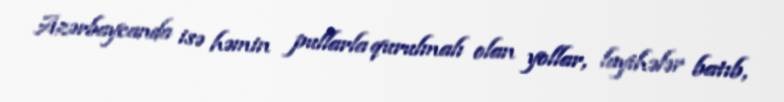
Azərbaycanda isə həmin pullarla qurulmalı olan yollar, layihələr batıb,